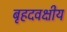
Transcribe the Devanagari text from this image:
बृहदवक्षीय